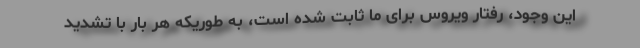
این وجود، رفتار ویروس برای ما ثابت شده است، به طوریکه هر بار با تشدید